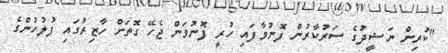
"ކުރިން ނަޝީދުގެ ސަރުކާރުން ފޮނުވާފައި ހުރީ ފޮނުވަން ޖެހޭ ގޮތަށް ހާޒިރުގައި ފުލުހުންގެ